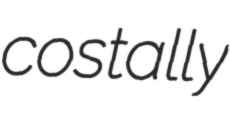
costally